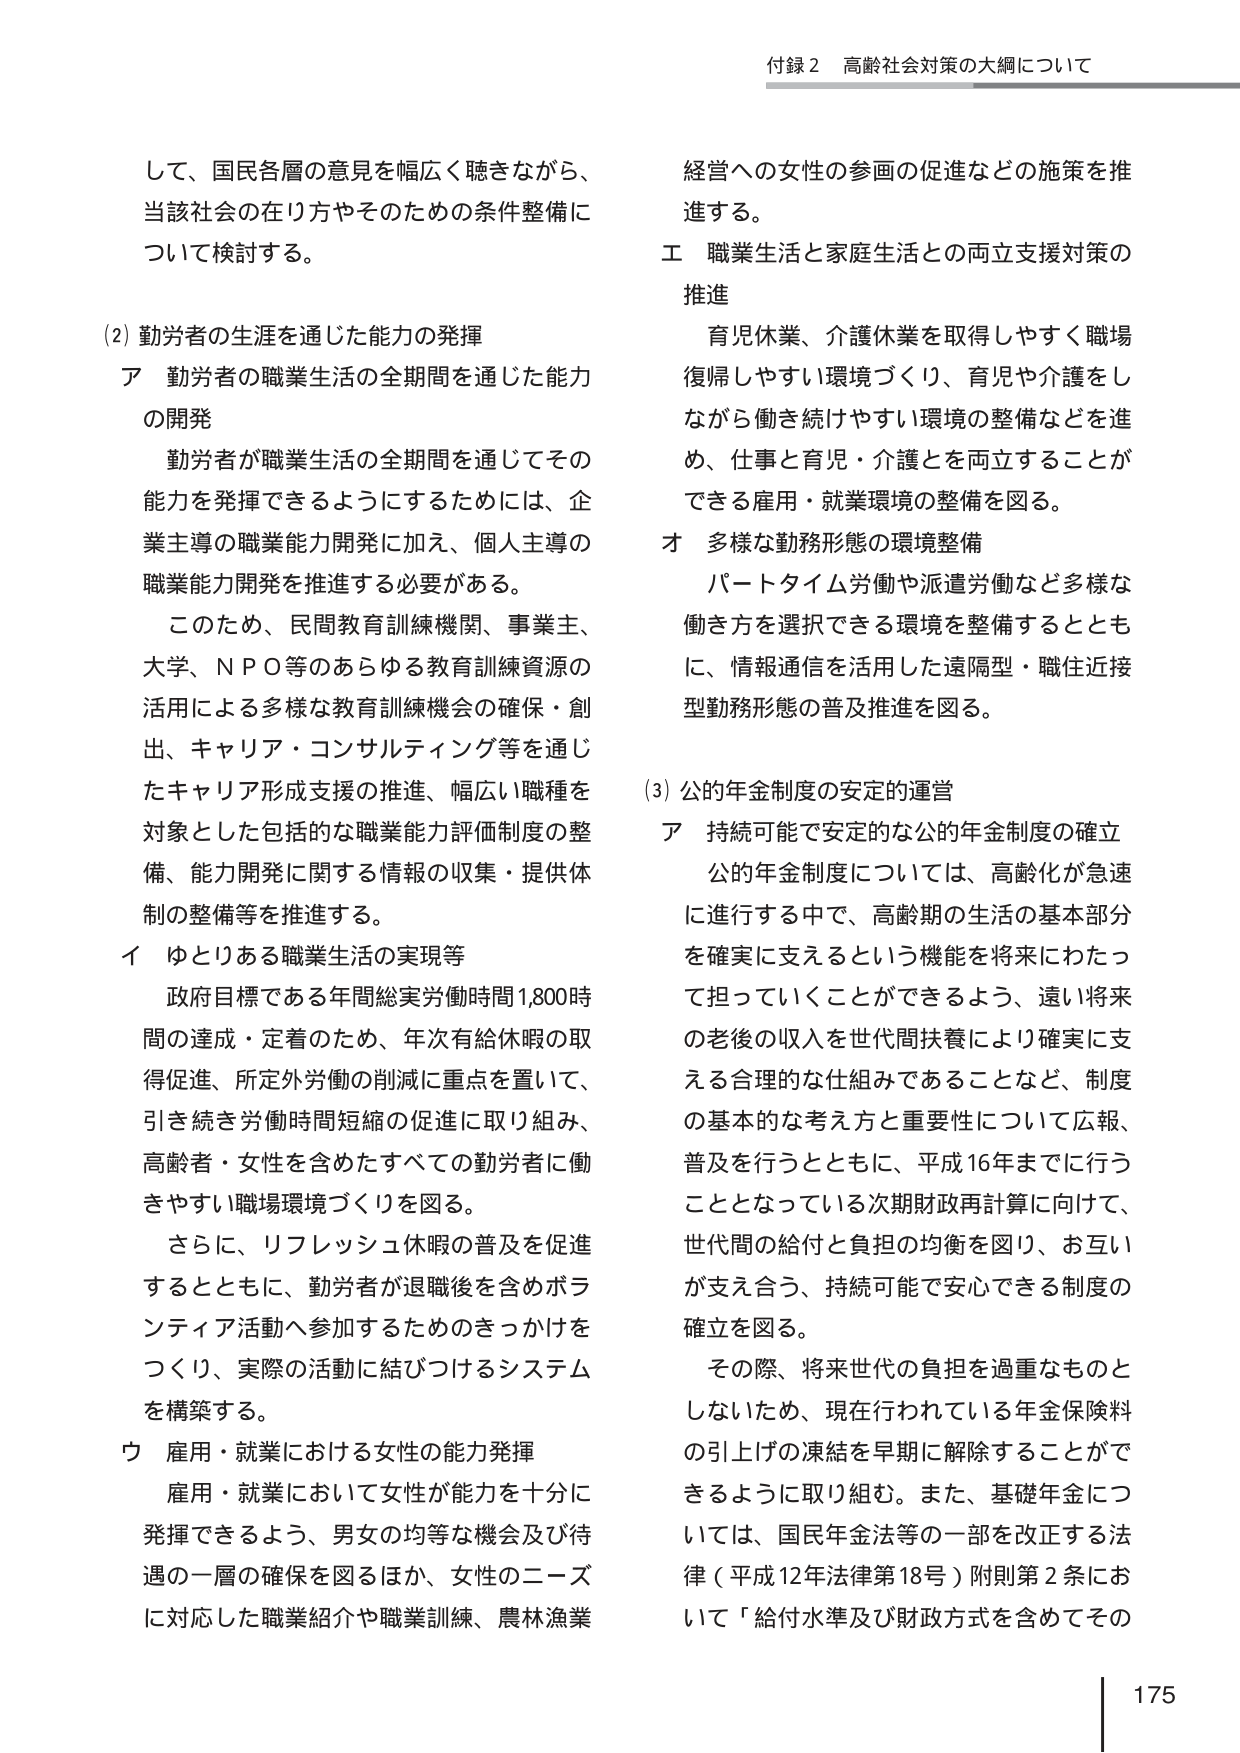
付録２ 高齢社会対策の大綱について

して、国民各層の意見を幅広く聴きながら、
当該社会の在り方やそのための条件整備に
ついて検討する。

(2) 勤労者の生涯を通じた能力の発揮
ア 勤労者の職業生活の全期間を通じた能力
の開発
　勤労者が職業生活の全期間を通じてその
能力を発揮できるようにするためには、企
業主導の職業能力開発に加え、個人主導の
職業能力開発を推進する必要がある。
　このため、民間教育訓練機関、事業主、
大学、ＮＰＯ等のあらゆる教育訓練資源の
活用による多様な教育訓練機会の確保・創
出、キャリア・コンサルティング等を通じ
たキャリア形成支援の推進、幅広い職種を
対象とした包括的な職業能力評価制度の整
備、能力開発に関する情報の収集・提供体
制の整備等を推進する。
イ ゆとりある職業生活の実現等
　政府目標である年間総実労働時間1,800時
間の達成・定着のため、年次有給休暇の取
得促進、所定外労働の削減に重点を置いて、
引き続き労働時間短縮の促進に取り組み、
高齢者・女性を含めたすべての勤労者に働
きやすい職場環境づくりを図る。
　さらに、リフレッシュ休暇の普及を促進
するとともに、勤労者が退職後を含めボラ
ンティア活動へ参加するためのきっかけを
つくり、実際の活動に結びつけるシステム
を構築する。
ウ 雇用・就業における女性の能力発揮
　雇用・就業において女性が能力を十分に
発揮できるよう、男女の均等な機会及び待
遇の一層の確保を図るほか、女性のニーズ
に対応した職業紹介や職業訓練、農林漁業
経営への女性の参画の促進などの施策を推
進する。
エ 職業生活と家庭生活との両立支援対策の
推進
　育児休業、介護休業を取得しやすく職場
復帰しやすい環境づくり、育児や介護をし
ながら働き続けやすい環境の整備などを進
め、仕事と育児・介護とを両立することができ
る雇用・就業環境の整備を図る。
オ 多様な勤務形態の環境整備
　パートタイム労働や派遣労働など多様な
働き方を選択できる環境を整備するととも
に、情報通信を活用した遠隔型・職住近接
型勤務形態の普及推進を図る。

(3) 公的年金制度の安定的運営
ア 持続可能で安定的な公的年金制度の確立
　公的年金制度については、高齢化が急速
に進行する中で、高齢期の生活の基本部分
を確実に支えるという機能を将来にわたっ
て担っていくことができるよう、遠い将来
の老後の収入を世代間扶養により確実に支
える合理的な仕組みであることなど、制度
の基本的な考え方と重要性について広報、
普及を行うとともに、平成16年までに行う
こととなっている次期財政再計算に向けて、
世代間の給付と負担の均衡を図り、お互い
が支え合う、持続可能で安心できる制度の
確立を図る。
　その際、将来世代の負担を過重なものと
しないため、現在行われている年金保険料
の引上げの凍結を早期に解除することができ
るように取り組む。また、基礎年金につ
いては、国民年金法等の一部を改正する法
律（平成12年法律第18号）附則第2条にお
いて「給付水準及び財政方式を含めてその

175